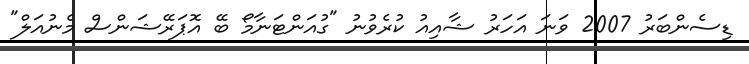
ޑިސެންބަރު 2007 ވަނަ އަހަރު ޝާއިއު ކުރެވުނު "ގުއަންޓަނާމޯ ބޭ އޮޕަރޭޝަންސް މެނުއަލް"